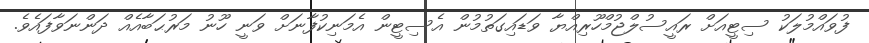
ފުވައްމުލަކު ސިޓީއަށް ރައީސުލްޖުމްހޫރިއްޔާ ވަޑައިގަތުމުން އެސިޓީން އެމަނިކުފާނަށް ވަނީ ހޫނު މަރުޙަބާއެއް ދަންނަވާފައެވެ.